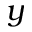
y